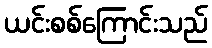
ယင်းစစ်ကြောင်းသည်